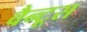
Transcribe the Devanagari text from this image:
वैन्टूस